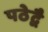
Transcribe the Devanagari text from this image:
पठेद्वै